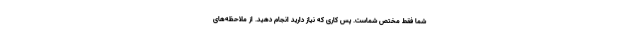
شما فقط مختص شماست. پس کاری که نیاز دارید انجام دهید. از ملاحظه‌های